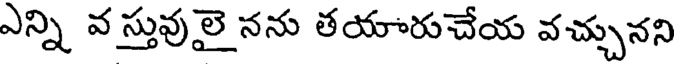
ఎన్ని వ స్తువులై నను తయారుచేయ వచ్చునని